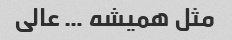
مثل همیشه … عالی